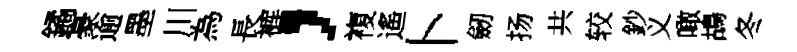
鐍豪逾墨川為長裤，複遙卜劒扬共较鈔义噉鴣冬